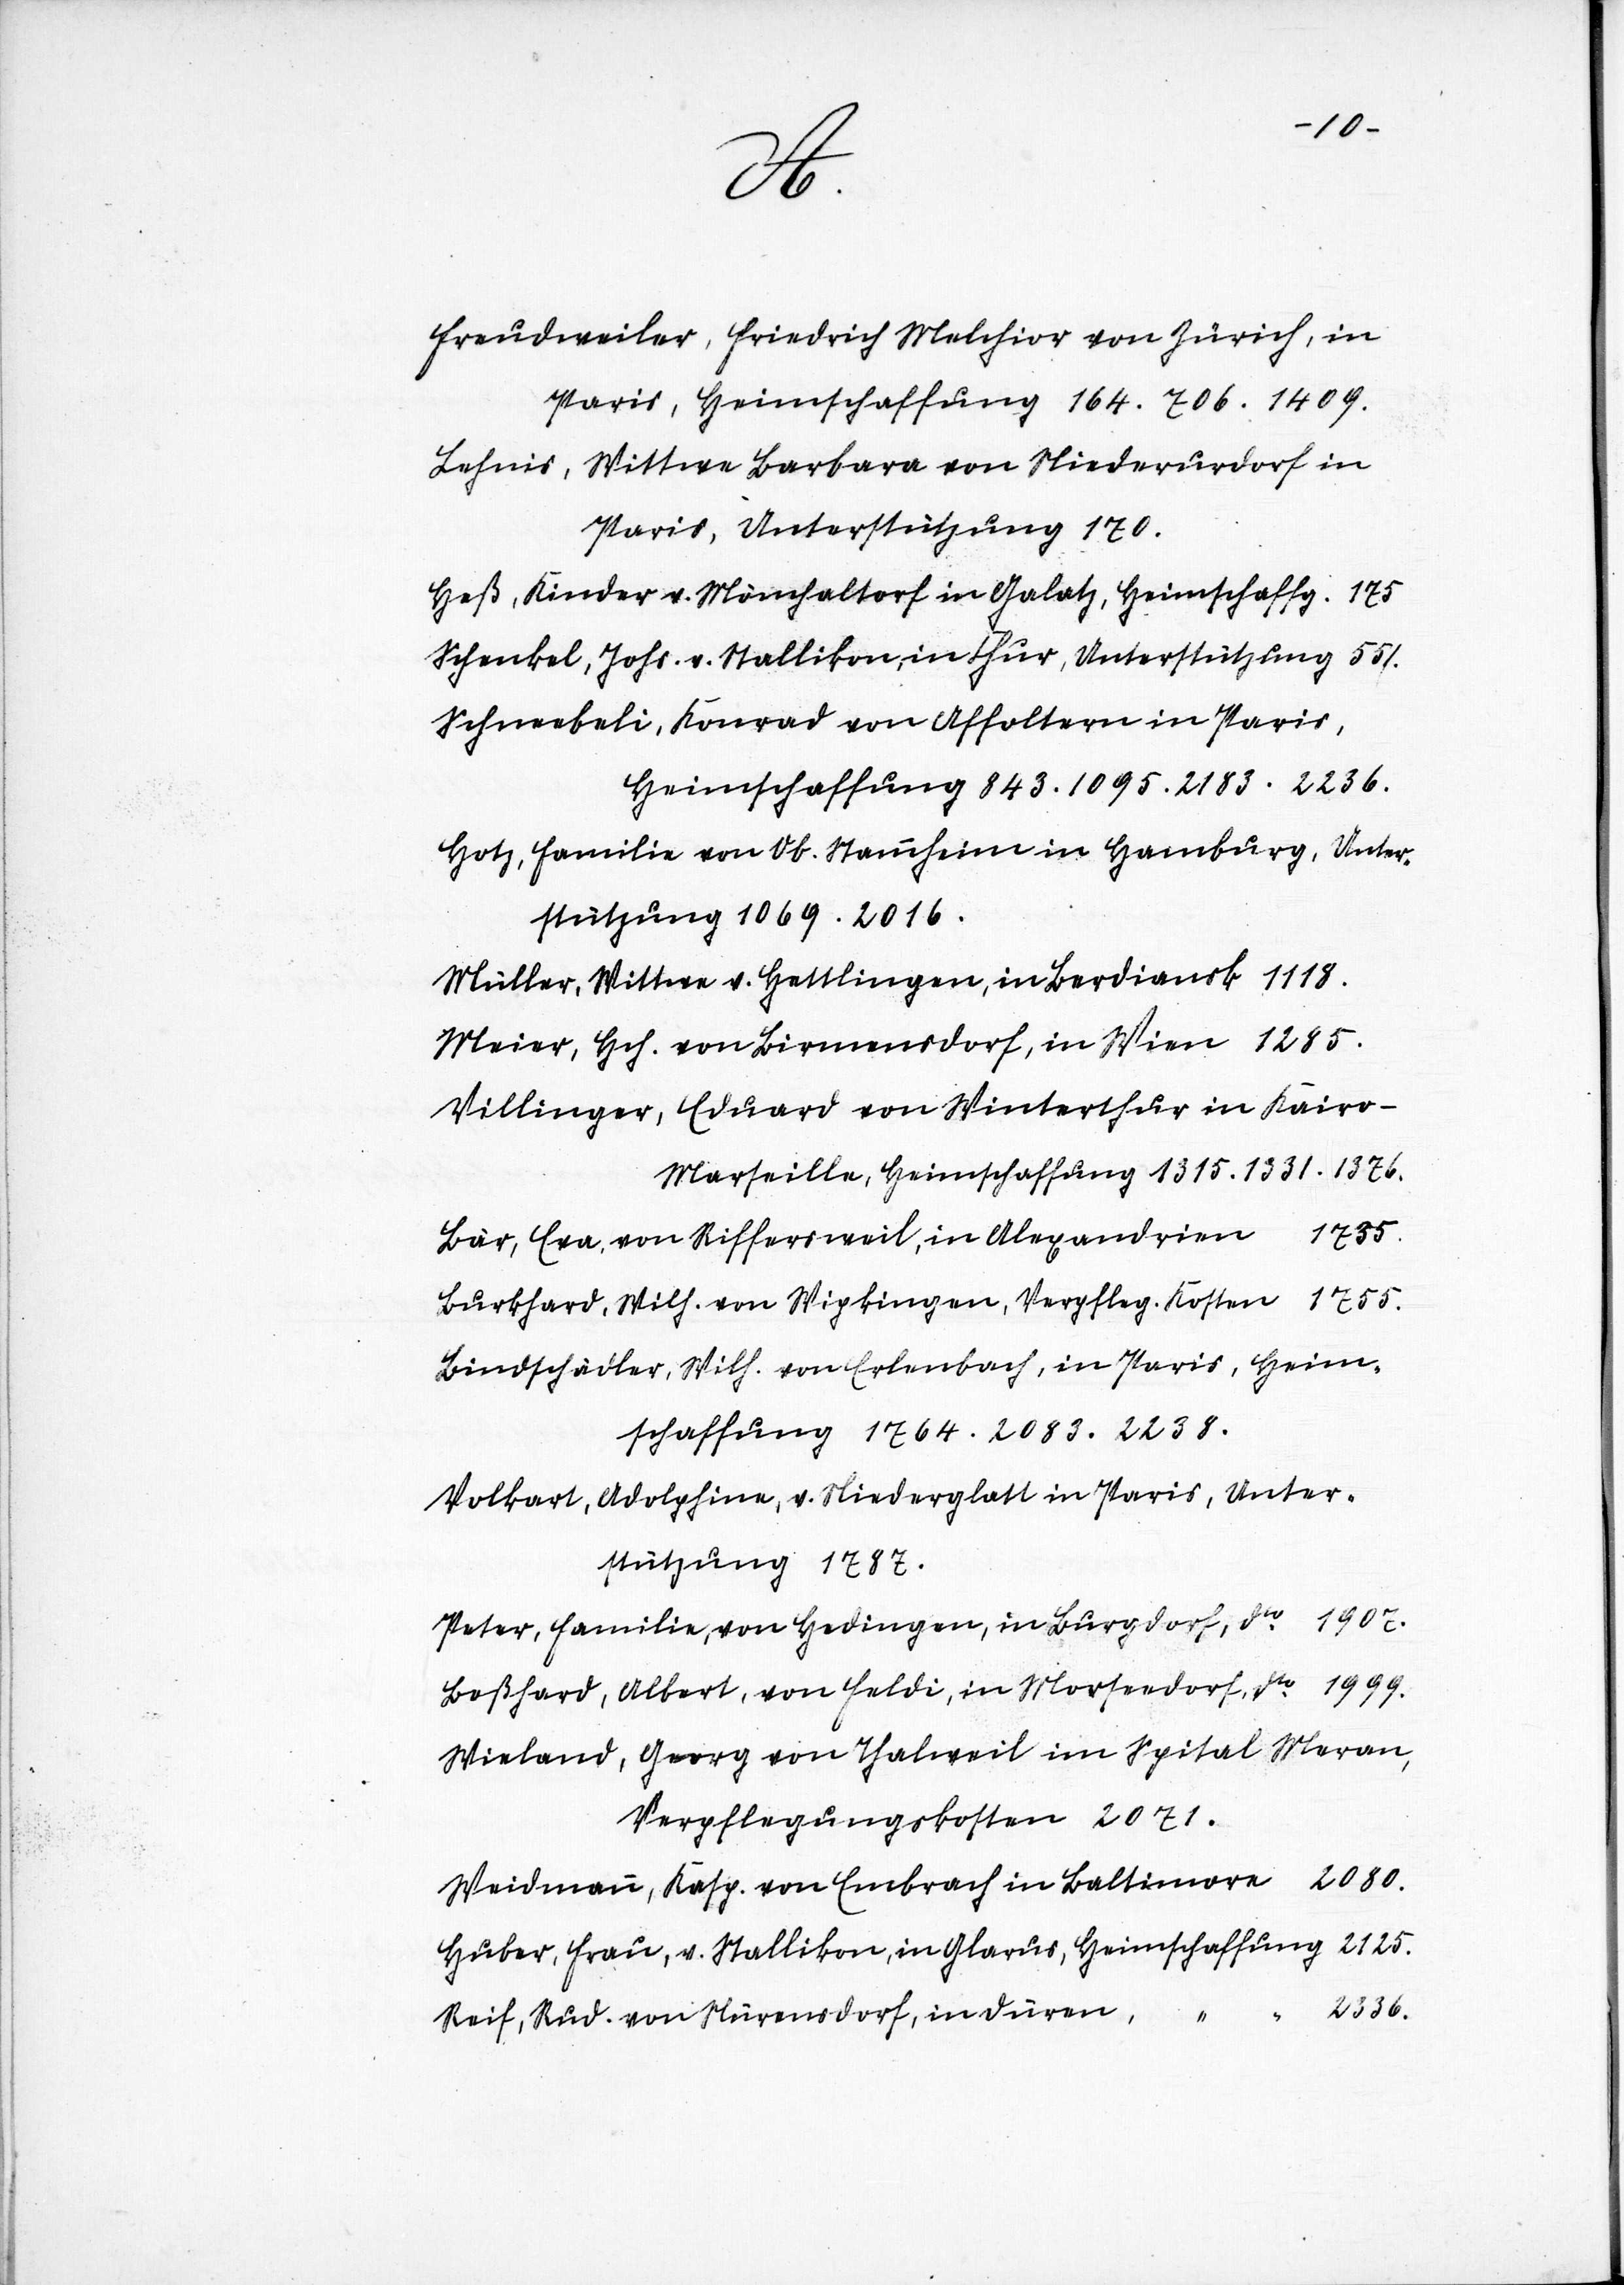
resp.
Fr.